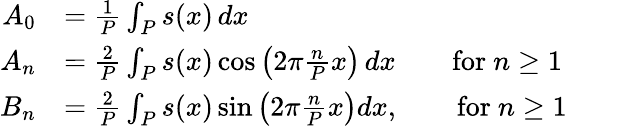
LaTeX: {\begin{array}{rl}{A_{0}}&{={\frac{1}{P}}\int_{P}s(x)\, dx}\\ {A_{n}}&{={\frac{2}{P}}\int_{P}s(x)\cos\left(2\pi{\frac{n}{P}}x\right)\, dx\qquad{\mathrm{for~}}n\geq 1\qquad}\\ {B_{n}}&{={\frac{2}{P}}\int_{P}s(x)\sin\left(2\pi{\frac{n}{P}}x\right)dx,\qquad{\mathrm{for~}}n\geq 1}\end{array}}